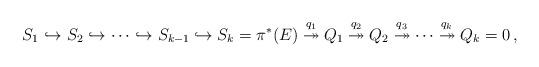
LaTeX: \begin{align*}{S}_1\hookrightarrow {S}_2\hookrightarrow \cdots \hookrightarrow {S}_{k-1}\hookrightarrow {S}_k={\pi}^*(E) \stackrel{q_{1}}\twoheadrightarrow {Q}_1 \stackrel{q_{2}}\twoheadrightarrow {Q}_2 \stackrel{q_{3}}\twoheadrightarrow \cdots \stackrel{q_{k}}\twoheadrightarrow{Q}_k=0\,,\end{align*}